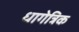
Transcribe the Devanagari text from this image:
धागेत्रिक